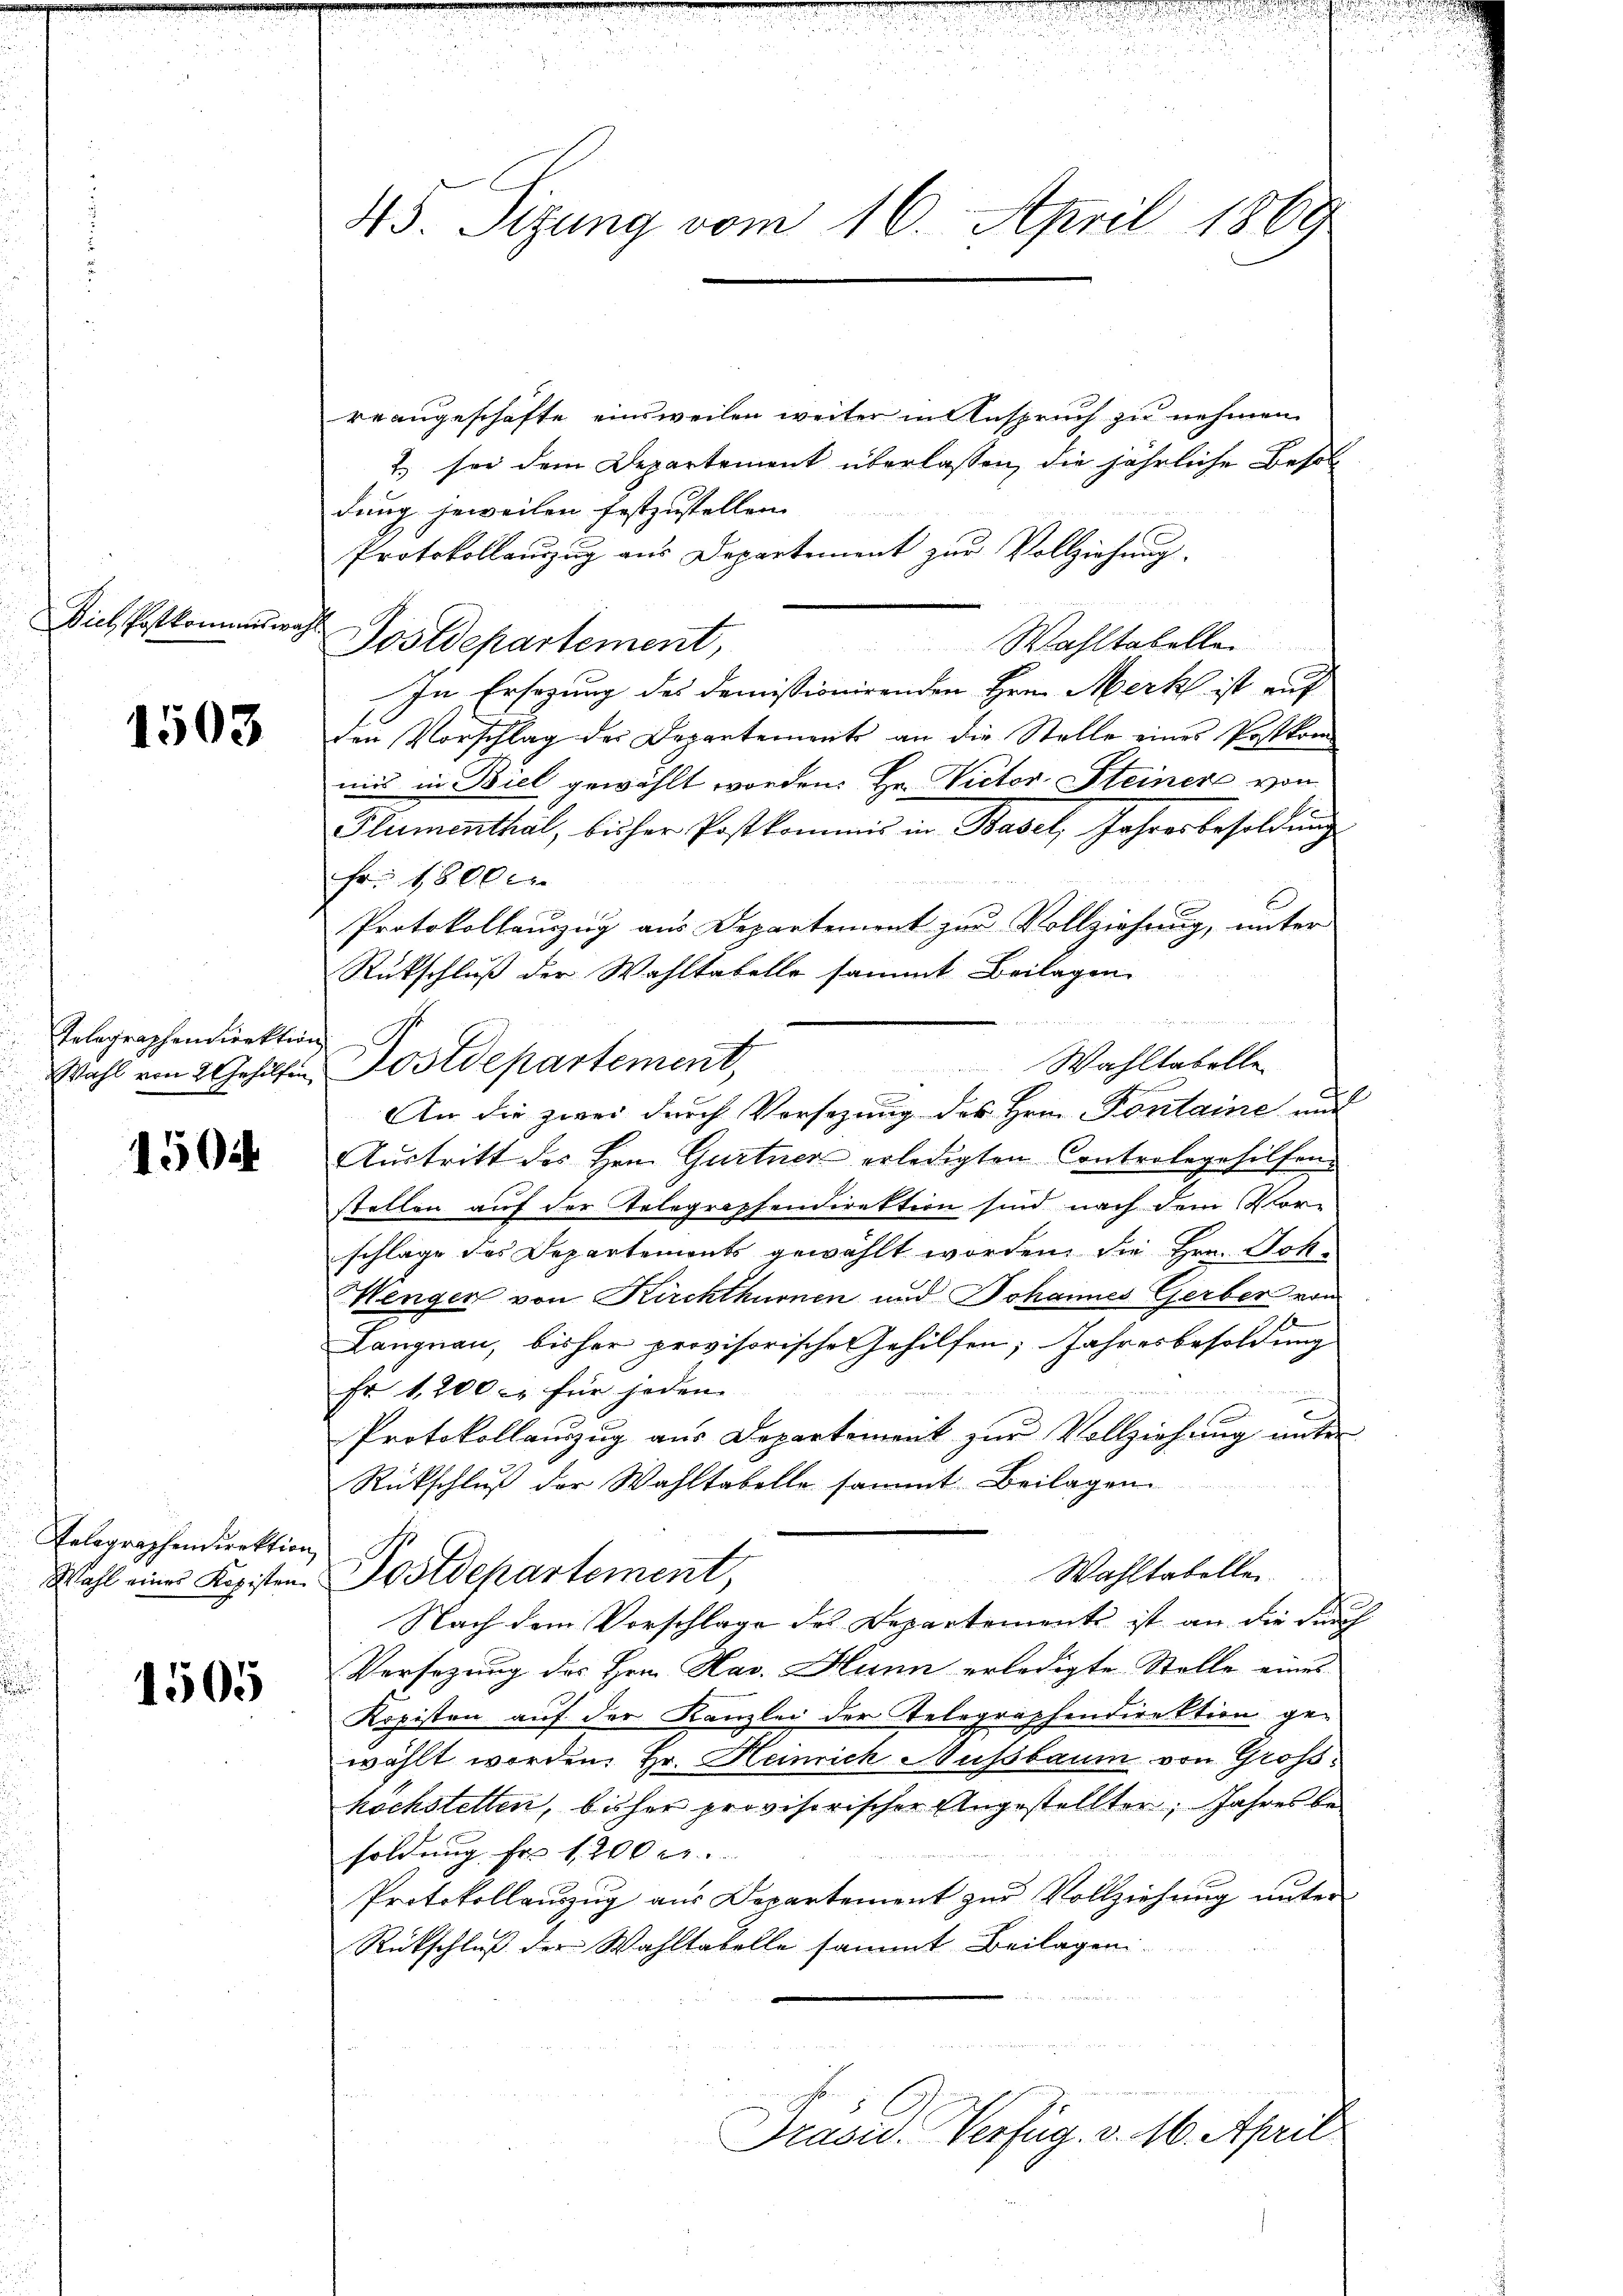
Dich Postkomens wa

1503

Telegraphendirektion

1500

Telegraphendirektion

1505

43. Sizung vom 16. April 1869

rrangeschäfte einsweilen weiter in Anspruch zu nehmen.
2. sei dem Departement überlassen, die jährliche Besol
dung jeweilen festzustellen.
Protokollauszug aus Departement zur Vollziehung.
Postdepartement,
Wahltabelle
In Ersezung des domissionirenden Hrn. Merk ist auf
den Vorschlag der Departements an die Stelle eines Postkom
mit in Biel gewählt worden. Hr. Victor Steinere von
Flumenthal, bisher Postkommis in Basel, Jahresbesoldung
Fr. 1800.
Protokollauszug aus Departement zur Vollziehung, unter
Rückschluß der Wahltabelle sammt Beilagen
Wahl von 2 Gehülfen Postdepartement,
An die zwei durch Vorsezung des Hrn. Pontaine auf
Austritt des Hrn. Gurtner erledigten Controlegehilfen
stellen auf der Telegraphendirektion sind nach dem Klor-
schlage des Departements gewählt worden, die Hrn. Joh¬
Wengen von Kirchthurnen und Johannes Gerber von
Langnau, bisher provisorische Gehilfen; Jahresbesoldung
Fr 1200 c. für jeden
Protokollauszug aus Departement zur Vollziehung unter
Rückschluß der Wahltabelle sammt Beilagen.
Wahltabelle
Wahl eines Kopisten Postdepartement,
Nach dem Vorschlage des Departemente ist an die durch
Versezung des Hrn. Hav. Hunn erledigte Stelle eines
Ropisten auf der Kanzlei der Telegraphendirektion gewählt worden. Hr. Heinrich Nussbaum von Großhochstetten, bisher provisorischer Angestellter, Jahres besoldung Fr. 1200 r.
Protokollauszug aus Departement zur Vollziehung unter
Rückschluß der Wahltabelle sammt Beilagen

n
Wahltabellen

Präsid. Verfüg. v. 16. April